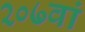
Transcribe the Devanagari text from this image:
२०७वां